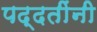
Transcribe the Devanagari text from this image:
पद्दतींनी